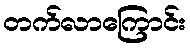
တက်လာကြောင်း